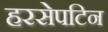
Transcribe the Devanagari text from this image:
हरसेपटिन